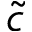
\tilde { c }